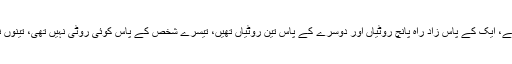
تین اشخاص سفر کر رہے تھے، ایک کے پاس زادِ راہ پانچ روٹیاں اور دوسرے کے پاس تین روٹیاں تھیں، تیسرے شخص کے پاس کوئی روٹی نہیں تھی، تینوں نے مل کر وہ روٹیاں کھائیں۔